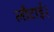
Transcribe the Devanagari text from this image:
लौटाई।